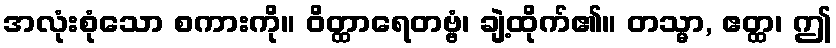
အလုံးစုံသော စကားကို။ ဝိတ္ထာရေတဗ္ဗံ၊ ချဲ့ထိုက်၏။ တသ္မာ, ဧတ္ထ၊ ဤ